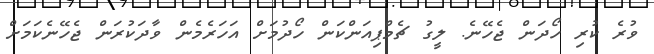
ވުރެ ކުރި ހޯދަން ޖެހޭނެ. ލީގު ޗެމްޕިއަންކަން ހޯދުމަށް އަހަރެމެން ވާދަކުރަން ޖެހޭނެކަމަށް